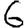
Digit: 6